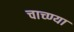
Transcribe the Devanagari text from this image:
चाच्ण्या